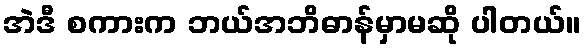
အဲဒီ စကားက ဘယ်အဘိဓာန်မှာမဆို ပါတယ်။